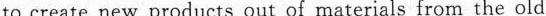
to create new products out of materials from the old